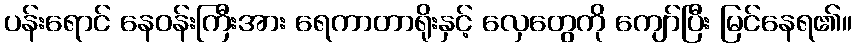
ပန်းရောင် နေဝန်းကြီးအား ရေကာတာရိုးနှင့် လှေတွေကို ကျော်ပြီး မြင်နေရ၏။